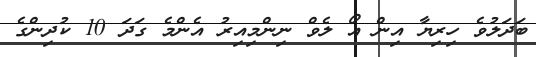
ބަދަލުވެ ހިރިޔާ އިން އޯ ލެވް ނިންމިއިރު އެންމެ ގަދަ 10 ކުދިންގެ